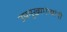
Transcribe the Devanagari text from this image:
उपमुख्यमंत्र्यांनी